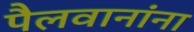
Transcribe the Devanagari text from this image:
पैलवानांना